Investigations into the jail dietaries of the United Provinces with some observations on the influence of dietary on the physical development and well-being of the people of the United Provinces - Number 48
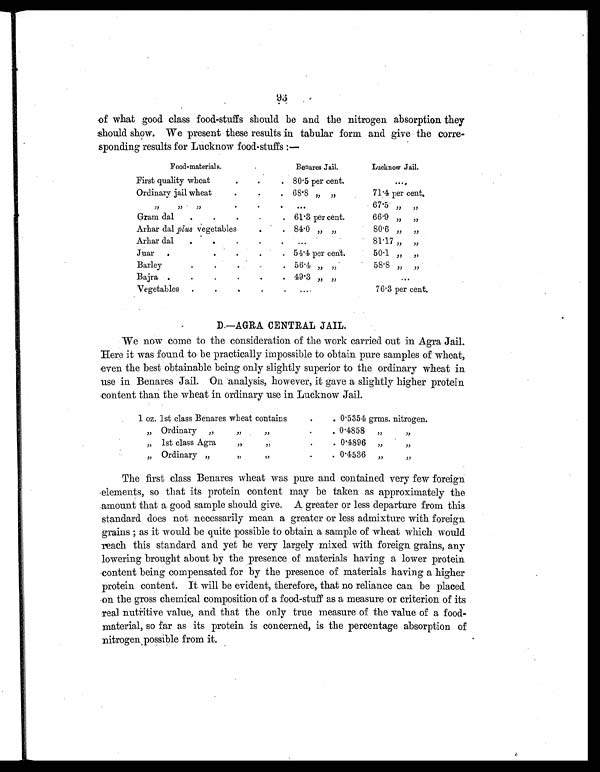
93
of what good class food-stuffs should be and the nitrogen absorption they
should show. We present these results in tabular form and give the corre-
sponding results for Lucknow food-stuffs :—
Food-materials.
Benares Jail.
Lucknow Jail.
First quality wheat
.
.
.
80.5 per cent.
. . .
Ordinary jail wheat
.
.
. 68.8 „ „
71.4 per cent.
„
„
„
.
.
.
...
67.5 „ „
Gram dal
.
.
.
.
. 61.3 per cent.
66.9 „ „
Arhar dal plus vegetables
.
.
84.0 „
„
80.6 „ „
Arhar dal
.
.
.
.
.
...
81.17 „ „
Juar
.
.
.
.
. 54.4 per cent.
50.1 „ „
Barley
.
.
.
.
. 56.4 „
„
58.8 „
„
Bajra .
.
.
.
.
. 49.3
„
„
. . .
Vegetables
.
.
.
.
.
...
76.3 per cent.
D.—AGRA CENTRAL JAIL.
We now come to the consideration of the work carried out in Agra Jail.
Here it was found to be practically impossible to obtain pure samples of wheat,
even the best obtainable being only slightly superior to the ordinary wheat in
use in Benares Jail. On analysis, however, it gave a slightly higher protein
content than the wheat in ordinary use in Lucknow Jail.
1 oz. 1st class Benares wheat contains
.
. 0.5354 grms. nitrogen.
„ Ordinary „
„
„
.
. 0.4858 „
„
„
1st class Agra
„
„
.
.
0.4896 „
„
„ Ordinary „
„
„
.
.
0.4536
„
„
The first class Benares wheat was pure and contained very few foreign
elements, so that its protein content may be taken as approximately the
amount that a good sample should give. A greater or less departure from this
standard does not necessarily mean a greater or less admixture with foreign
grains; as it would be quite possible to obtain a sample of wheat which would
reach this standard and yet be very largely mixed with foreign grains, any
lowering brought about by the presence of materials having a lower protein
content being compensated for by the presence of materials having a higher
protein content. It will be evident, therefore, that no reliance can be placed
on the gross chemical composition of a food-stuff as a measure or criterion of its
real nutritive value, and that the only true measure of the value of a food-
material, so far as its protein is concerned, is the percentage absorption of
nitrogen possible from it.